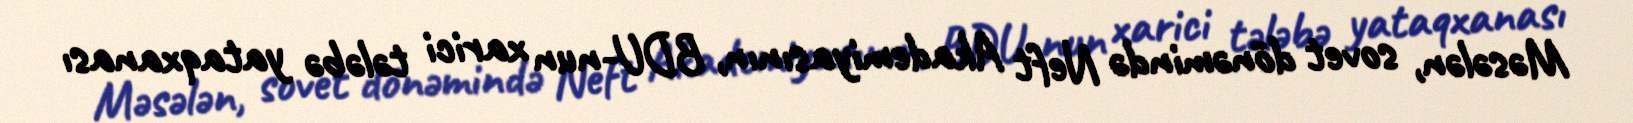
Məsələn, sovet dönəmində Neft Akademiyasının, BDU-nun xarici tələbə yataqxanası